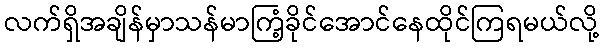
လက်ရှိအချိန်မှာသန်မာကြံ့ခိုင်အောင်နေထိုင်ကြရမယ်လို့